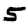
Digit: 5